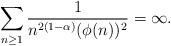
LaTeX: \begin{align*}\sum_{n\ge 1}\frac{1}{n^{2(1-\alpha)}(\phi(n))^2}=\infty.\end{align*}